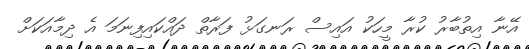
އޭނާ އިތުބާރު ކުރާ މީހަކު އައިސް ރަނގަޅު ފަރާތް ދައްކައިފިނަމަ އެ ދިމާއަކަށް